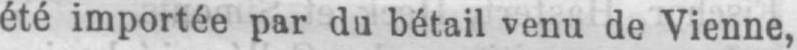
été importée par du bétail venu de Vienne,